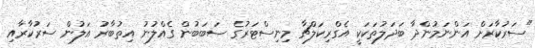
"ސަރުކާރަށް އަންނަމުންދާ ބަދަލުތަކަކީ އެގްރިކަލްޗާ މިނިސްޓަރުގެ ސަބަބުން ގެއްލުނު އިތުބާރު އަލުން ސަރުކާރާއި